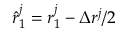
\hat { r } _ { 1 } ^ { j } = r _ { 1 } ^ { j } - \Delta r ^ { j } / 2